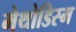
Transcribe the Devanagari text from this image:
मेथोडिस्म